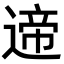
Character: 遆